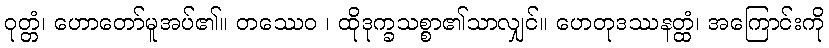
ဝုတ္တံ၊ ဟောတော်မူအပ်၏။ တဿေဝ ၊ ထိုဒုက္ခသစ္စာ၏သာလျှင်။ ဟေတုဒဿနတ္ထံ၊ အကြောင်းကို